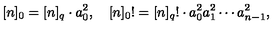
[ n ] _ { 0 } = [ n ] _ { q } \cdot a _ { 0 } ^ { 2 } , \quad [ n ] _ { 0 } ! = [ n ] _ { q } ! \cdot a _ { 0 } ^ { 2 } a _ { 1 } ^ { 2 } \cdots a _ { n - 1 } ^ { 2 } ,